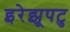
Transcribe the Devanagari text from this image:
इरेझूपटु